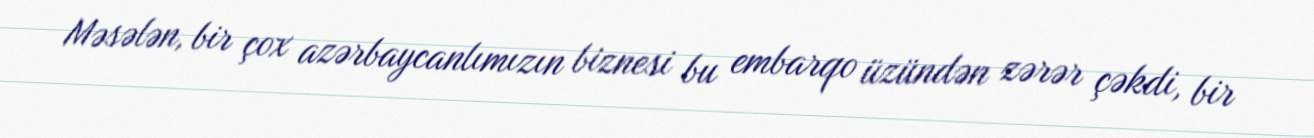
Məsələn, bir çox azərbaycanlımızın biznesi bu embarqo üzündən zərər çəkdi, bir